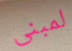
لمبنى